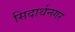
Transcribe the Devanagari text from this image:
सिदार्थनगर